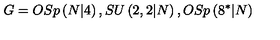
G = O S p \left( N | 4 \right) , S U \left( 2 , 2 | N \right) , O S p \left( 8 ^ { \ast } | N \right)